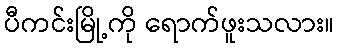
ပီကင်းမြို့ကို ရောက်ဖူးသလား။